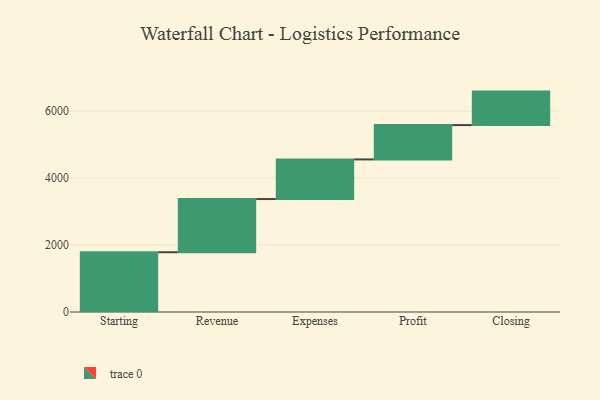
{"axis": {"x": "Step", "y": "Value"}, "legend": [""], "data": [{"x": "Starting", "y": 1786.0, "type": ""}, {"x": "Revenue", "y": 1589.0, "type": ""}, {"x": "Expenses", "y": 1184.0, "type": ""}, {"x": "Profit", "y": 1026.0, "type": ""}, {"x": "Closing", "y": 1000, "type": ""}]}